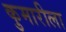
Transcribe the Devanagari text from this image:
कुमारीला